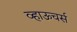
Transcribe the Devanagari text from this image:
व्हाऊचर्स